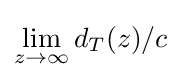
\lim _{z\to \infty }d_{T}(z)/c